Annual statistical returns and brief notes on vaccination in Bengal - 1896-1909
Year: 1896
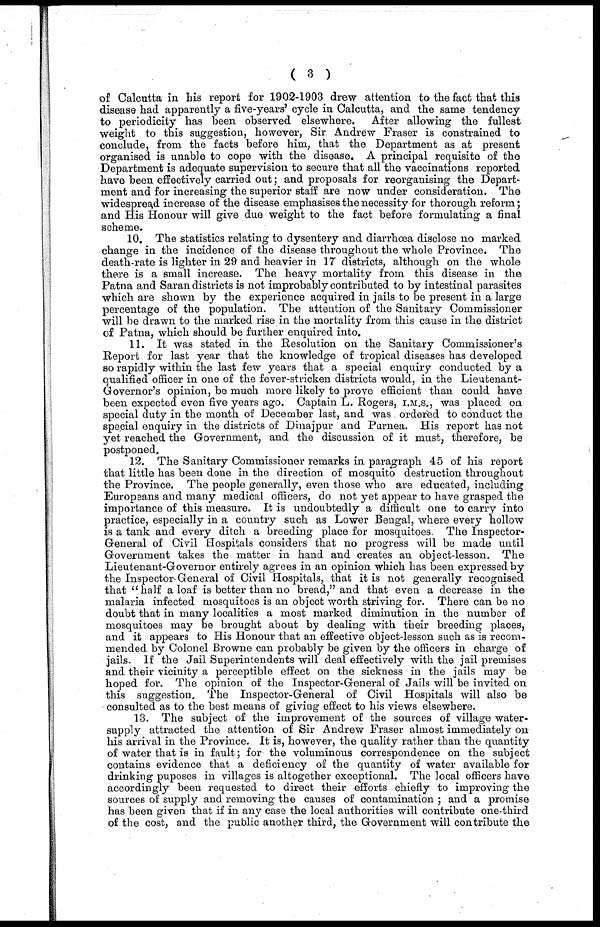
( 3 )
of Calcutta in his report for 1902-1903 drew attention to the fact that this
disease had apparently a five-years' cycle in Calcutta, and the same tendency
to periodicity has been observed elsewhere. After allowing the fullest
weight to this suggestion, however, Sir Andrew Fraser is constrained to
conclude, from the facts before him, that the Department as at present
organised is unable to cope with the disease. A principal requisite of the
Department is adequate supervision to secure that all the vaccinations reported
have been effectively carried out; and proposals for reorganising the Depart-
ment and for increasing the superior staff are now under consideration. The
widespread increase of the disease emphasises the necessity for thorough reform;
and His Honour will give due weight to the fact before formulating a final
scheme.
10. The statistics relating to dysentery and diarrhœa disclose no marked
change in the incidence of the disease throughout the whole Province. The
death-rate is lighter in 29 and heavier in 17 districts, although on the whole
there is a small increase. The heavy mortality from this disease in the
Patna and Saran districts is not improbably contributed to by intestinal parasites
which are shown by the experience acquired in jails to be present in a large
percentage of the population. The attention of the Sanitary Commissioner
will be drawn to the marked rise in the mortality from this cause in the district
of Patna, which should be further enquired into.
11. It was stated in the Resolution on the Sanitary Commissioner's
Report for last year that the knowledge of tropical diseases has developed
so rapidly within the last few years that a special enquiry conducted by a
qualified officer in one of the fever-stricken districts would, in the Lieutenant-
Governor's opinion, be much more likely to prove efficient than could have
been expected even five years ago. Captain L. Rogers, I.M.S., was placed on
special duty in the month of December last, and was ordered to conduct the
special enquiry in the districts of Dinajpur and Purnea. His report has not
yet reached the Government, and the discussion of it must, therefore, be
postponed.
12. The Sanitary Commissioner remarks in paragraph 45 of his report
that little has been done in the direction of mosquito destruction throughout
the Province. The people generally, even those who are educated, including
Europeans and many medical officers, do not yet appear to have grasped the
importance of this measure. It is undoubtedly a difficult one to carry into
practice, especially in a country such as Lower Bengal, where every hollow
is a tank and every ditch a breeding place for mosquitoes. The Inspector-
General of Civil Hospitals considers that no progress will be made until
Government takes the matter in hand and creates an object-lesson. The
Lieutenant-Governor entirely agrees in an opinion which has been expressed by
the Inspector-General of Civil Hospitals, that it is not generally recognised
that "half a loaf is better than no bread," and that even a decrease in the
malaria infected mosquitoes is an object worth striving for. There can be no
doubt that in many localities a most marked diminution in the number of
mosquitoes may be brought about by dealing with their breeding places,
and it appears to His Honour that an effective object-lesson such as is recom-
mended by Colonel Browne can probably be given by the officers in charge of
jails. If the Jail Superintendents will deal effectively with the jail premises
and their vicinity a perceptible effect on the sickness in the jails may be
hoped for. The opinion of the Inspector-General of Jails will be invited on
this suggestion. The Inspector-General of Civil Hospitals will also be
consulted as to the best means of giving effect to his views elsewhere.
13. The subject of the improvement of the sources of village water-
supply attracted the attention of Sir Andrew Fraser almost immediately on
his arrival in the Province. It is, however, the quality rather than the quantity
of water that is in fault; for the voluminous correspondence on the subject
contains evidence that a deficiency of the quantity of water available for
drinking puposes in villages is altogether exceptional. The local officers have
accordingly been requested to direct their efforts chiefly to improving the
sources of supply and removing the causes of contamination ; and a promise
has been given that if in any case the local authorities will contribute one-third
of the cost, and the public another third, the Government will contribute the